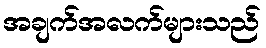
အချက်အလက်များသည်